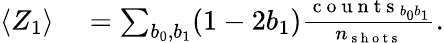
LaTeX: \begin{array}{rl}{\langle Z_{1}\rangle}&{{}=\sum_{b_{0},b_{1}}(1-2b_{1})\frac{\mathrm{~c~o~u~n~t~s~}_{b_{0}b_{1}}}{n_{\mathrm{~s~h~o~t~s~}}}.}\end{array}